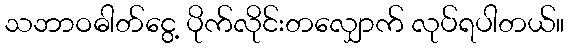
သဘာဝဓါတ်ငွေ့ ပိုက်လိုင်းတလျှောက် လုပ်ရပါတယ်။